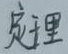
处理处理